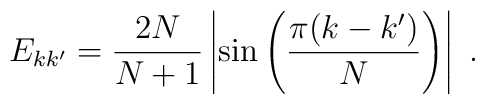
E_{kk^\prime}={2N\over{N+1}}\left|\sin\left({\pi(k-k^\prime)\over N}\right)\right|~.